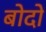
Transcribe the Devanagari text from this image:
बोदो